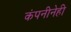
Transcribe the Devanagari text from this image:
कंपनीनेही